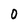
Character: O